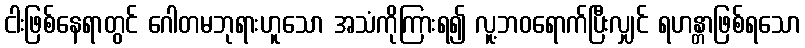
ငါးဖြစ်နေရာတွင် ဂေါတမဘုရားဟူသော အသံကိုကြားရ၍ လူ့ဘဝရောက်ပြီးလျှင် ရဟန္တာဖြစ်ရသော